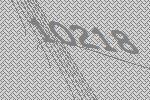
10218